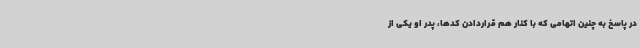
در پاسخ به چنین اتهامی که با کنار هم قراردادن کدها، پدر او یکی از